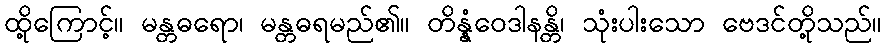
ထို့ကြောင့်။ မန္တဓရော၊ မန္တဓရမည်၏။ တိန္နံဝေဒါနန္တိ၊ သုံးပါးသော ဗေဒင်တို့သည်။